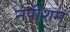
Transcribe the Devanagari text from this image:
नंपीशम